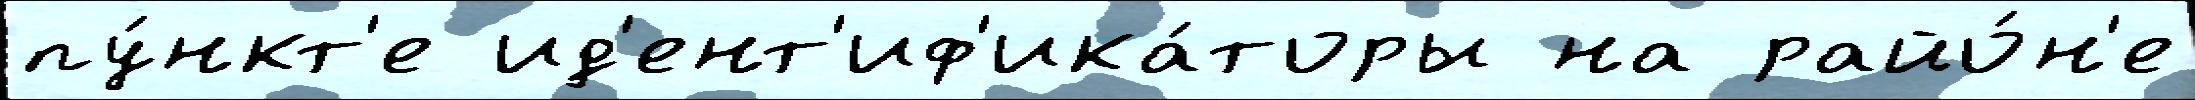
пу́нкт'е ид'ент'иф'ика́торы на райо́н'е